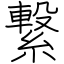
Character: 繋